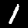
Digit: 1